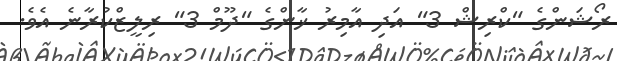
ރޯޝަންގެ "ކްރިޝް 3" އަދި އާމިރު ޚާންގެ "ދޫމް 3" ރިލީޒްކުރާނެ އެވެ.